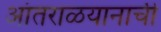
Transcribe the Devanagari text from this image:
आंतराळयानाची